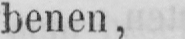
benen,